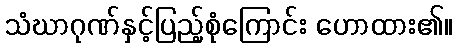
သံဃာဂုဏ်နှင့်ပြည့်စုံကြောင်း ဟောထား၏။